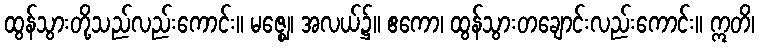
ထွန်သွားတို့သည်လည်းကောင်း။ မဇ္ဈေ၊ အလယ်၌။ ဧကော၊ ထွန်သွားတချောင်းလည်းကောင်း။ ဣတိ၊